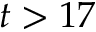
t > 1 7